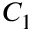
C _ { 1 }